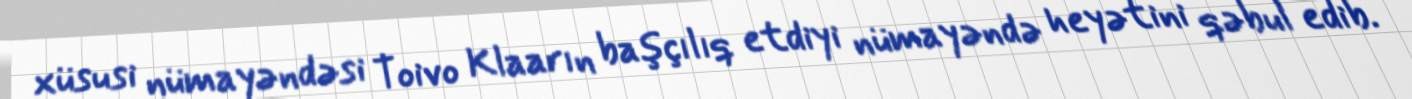
xüsusi nümayəndəsi Toivo Klaarın başçılıq etdiyi nümayəndə heyətini qəbul edib.